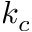
k _ { c }